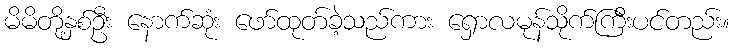
မိမိတို့နှစ်ဦး နောက်ဆုံး ဖော်ထုတ်ခဲ့သည်ကား ရှောလမုန်သိုက်ကြီးပင်တည်း။